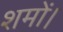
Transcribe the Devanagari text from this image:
शमों।